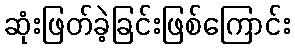
ဆုံးဖြတ်ခဲ့ခြင်းဖြစ်ကြောင်း